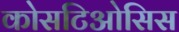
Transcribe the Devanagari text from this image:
कोसटिओसिस